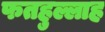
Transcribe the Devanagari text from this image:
फतहुल्लाह